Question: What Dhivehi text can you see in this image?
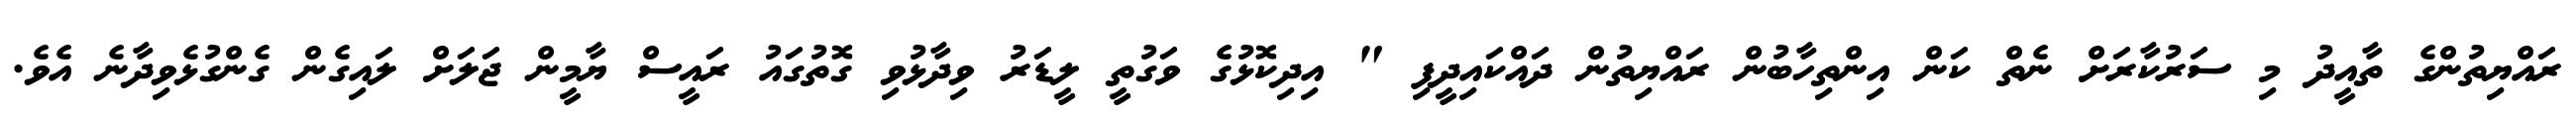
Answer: ރައްޔިތުންގެ ތާއީދު މި ސަރުކާރަށް ނެތް ކަން އިންތިހާބުން ރައްޔިތުން ދައްކައިދީފި " އިދިކޮޅުގެ ވަގުތީ ލީޑަރު ވިދާޅުވި ގޮތުގައު ރައީސް ޔާމީން ޖަލަށް ލައިގެން ގެންގުޅެވިދާނެ އެވެ.